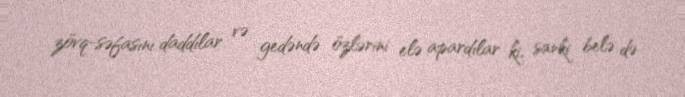
zövq-səfasını daddılar və gedəndə özlərini elə apardılar ki, sanki belə də